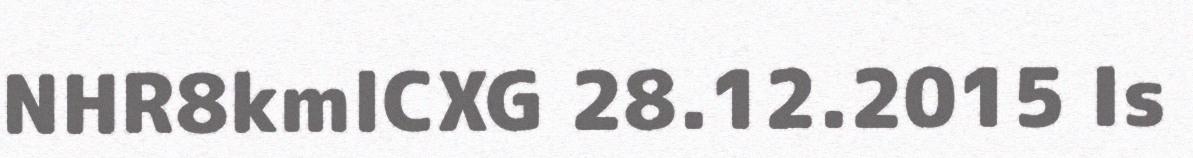
NHR8kmlCXG 28.12.2015 Is